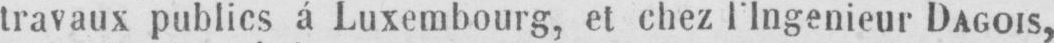
DAGOIS,